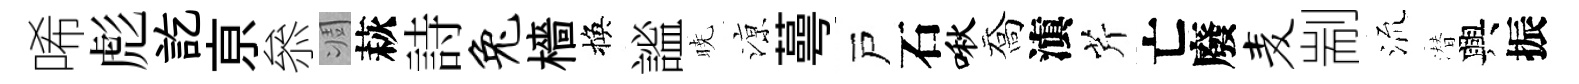
唏彪訖亰叅凋萩詩兔檣換謐暁鿌蕚戸石啾喬滇芹亡廢麦剬𣴑潜興振